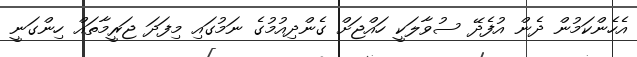
އެހެންކަމުން ދެން އުފެދޭ ސުވާލަކީ ހައްޖަށް ގެންދިއުމުގެ ނަމުގައި މިފަދަ ޖަރީމާތައް ހިންގަނީ